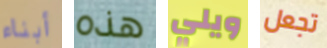
أبناء هذه ويلي تجعل